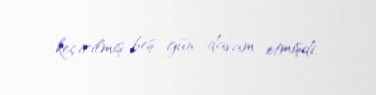
keçirilmiş beş gün davam etmişdi.